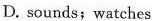
D. sounds;watches